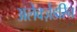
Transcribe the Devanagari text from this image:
अलेक्ज़ेंडरिन